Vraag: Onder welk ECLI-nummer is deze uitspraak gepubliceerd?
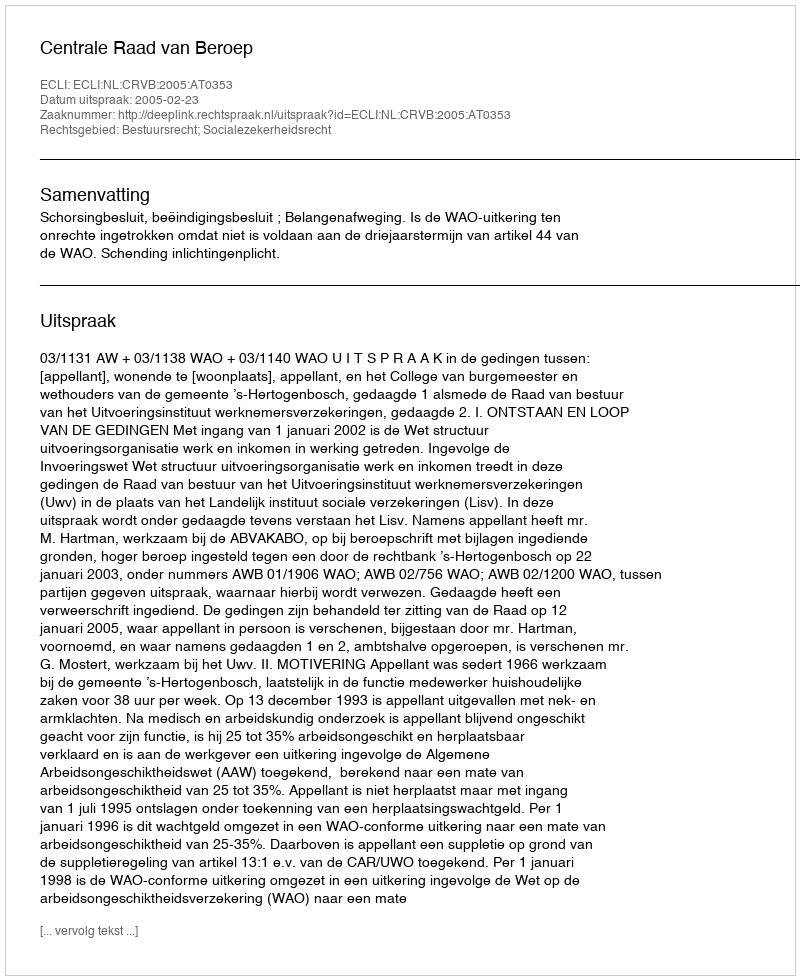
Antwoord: ECLI:NL:CRVB:2005:AT0353